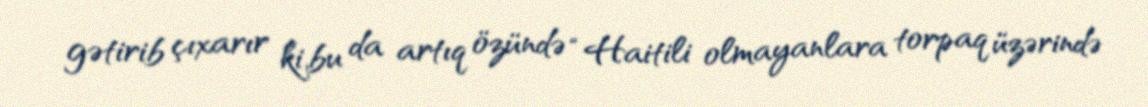
gətirib çıxarır ki,bu da artıq özündə “Haitili olmayanlara torpaq üzərində